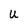
Character: U